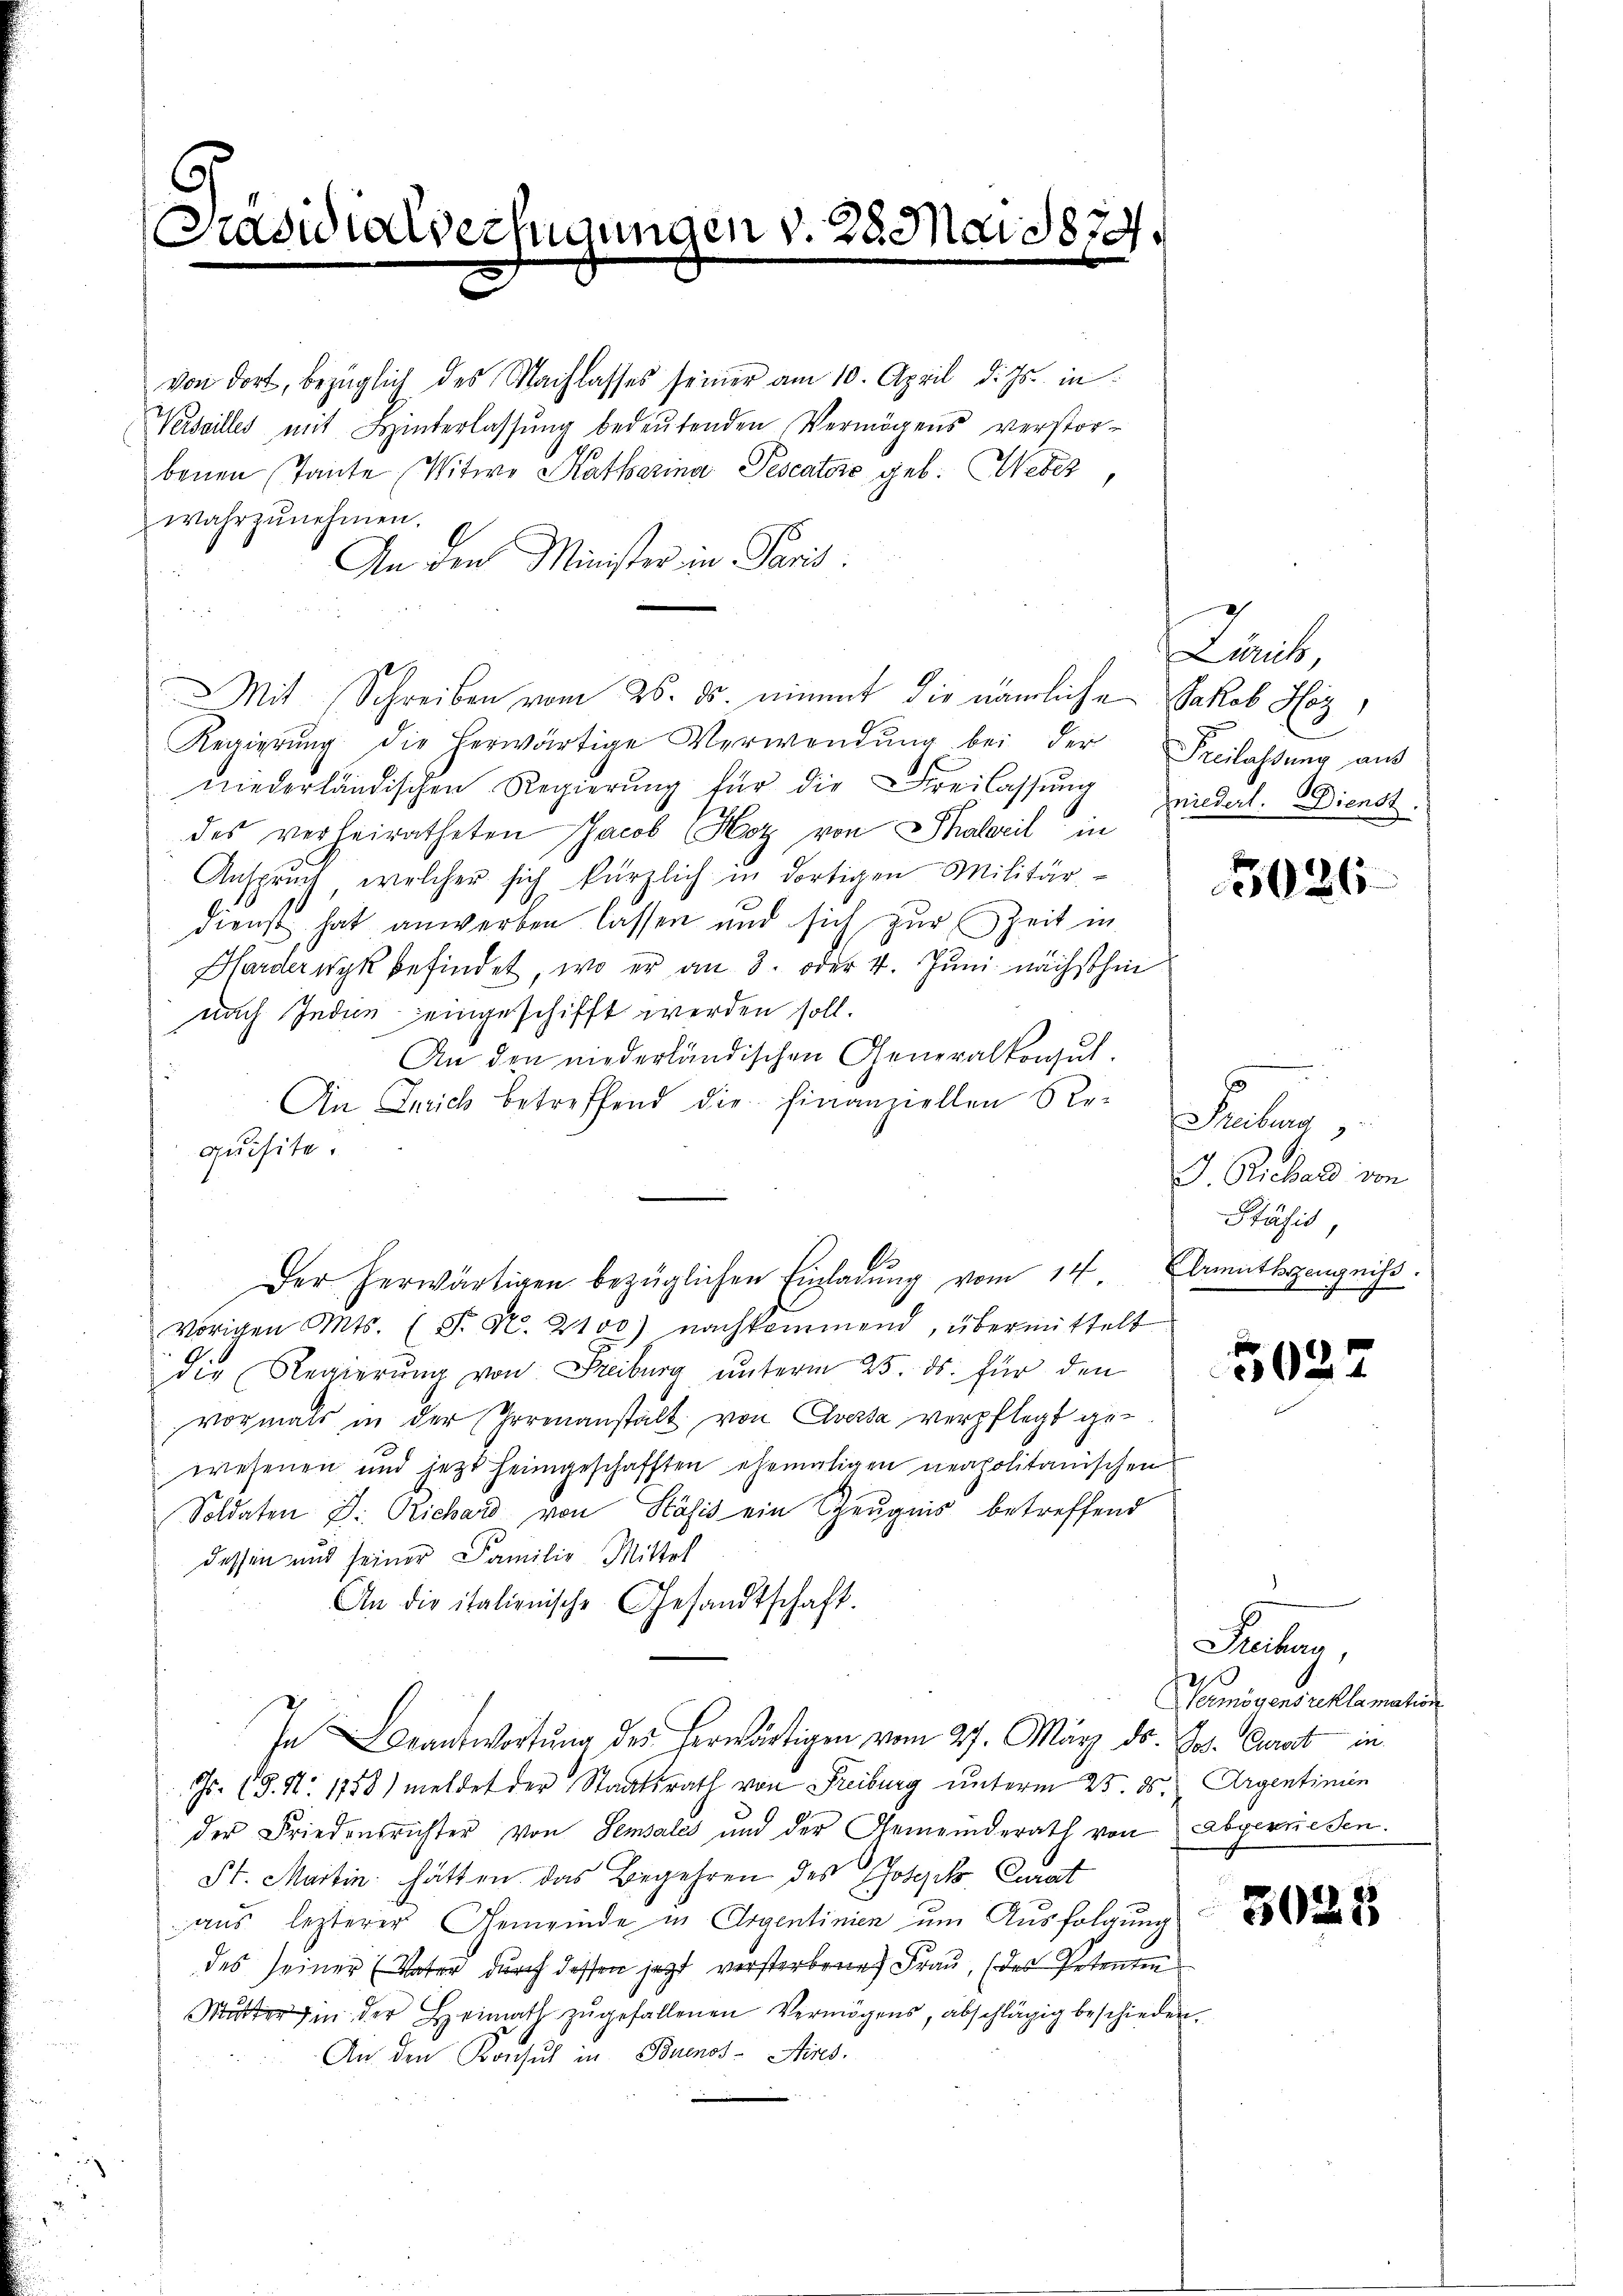
6
[Präsidialver

von dort, bezüglich des Nachlasses seiner am 10. April d. Js. in
Verseilles mit Hinterlassŭng bedeŭtenden Vermögens verstor-
benen Tante Witwe Katharina Pescatore geb. Weber,
wahrzunehmen.
An den Minister in Paris
x
Mit Schreiben vom 26. ds. nimmt die nämliche Jakob Hoz,
Regierŭng die herwärtige Verwendŭng bei der Freilassŭng aus
niederländischen Regierung für die Freilassung
des verheiratheten Jacob Hoz von Thaleril in
Anspruch, welcher sich kürzlich in dortigen Militär-
dienst hat anwerben lassen und sich zur Zeit in
Hardernyk befindet, wo er an 8. oder 4. Juni nächsthin
nach Inden eingeschifft werden soll.
An den niederländischen Generalkonsul
An Zürich betreffend die Finanziellen Re-Freiburg
quisite.
Der herwärtigen bezüglichen Einladŭng vom 14 Elrmüthszeugnis.
Vorigen Mts. (T. N. 2100) nachkommend, übermittelt
die Regierung von Freiburg unterm 25. ds. für den
vormals in der Irrenanstalt von Aversa verpflegt gewesenen und jetzt heimgeschafften ehemaligen neapolitanischen
Soldaten J. Richard von Käsis ein Zeugnis betreffend
dessen und seiner Familie Mittel
An die italienische Gesandtschaft.
In Beantwortung des herwärtigen vom 27. März ds. Jos. Curat in
Gs. (§. 11. 1758) meldet der Staatsrath von Freiburg unterm 25. ds. Argentinien
der Friedensrichter von Semsales und der Gemeinderath von abgerriesen.
St. Martin hätten das Begehren des Polik, Curat
aus lezterer Gemeinde in Argentinien um Ausfolgung
des seiner (Vater durch dessen jetzt versterbene Frau, (des Petenten
Mutter in der Heimath zŭgefallenen Vermögens, abschlägig beschieden.
An den Konsul in Buenos-Aires.

fügungen v. 28. Mai 1874.

Zinik,
niedert. Dienst.

5026

J. Richard von
Ptähis,

zu
022

Seben,
Vermögens reklamation

3028